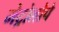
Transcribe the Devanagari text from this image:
मेट्रोलोपे